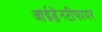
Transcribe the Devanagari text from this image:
आईडेनटीफायर